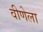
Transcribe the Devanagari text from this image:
वीणेला